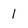
Character: 1